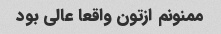
ممنونم ازتون واقعا عالی بود